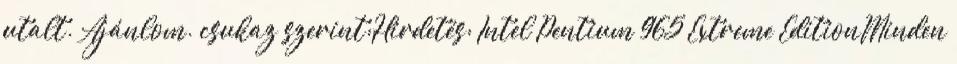
utalt. Ajánlom. csukaz szerint:Hirdetés: Intel Pentium 965 Extreme EditionMinden